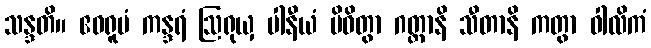
သန္ဒတိ။ ဧဝရူပံ ကန္ဒရံ ဩရုယှ ပါနီယံ ပိဝိတွာ ဂတ္တာနိ သီတာနိ ကတွာ ဝါလိကံ